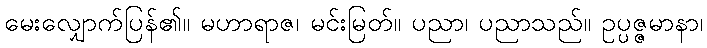
မေးလျှောက်ပြန်၏။ မဟာရာဇ၊ မင်းမြတ်။ ပညာ၊ ပညာသည်။ ဥပ္ပဇ္ဇမာနာ၊